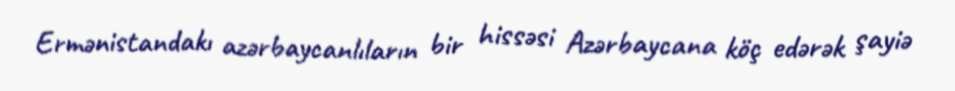
Ermənistandakı azərbaycanlıların bir hissəsi Azərbaycana köç edərək şayiə